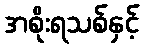
အစိုးရသစ်နှင့်